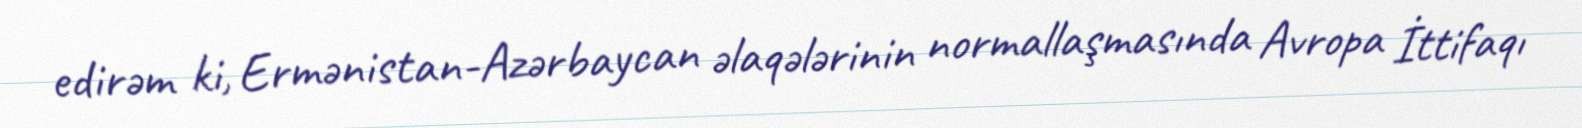
edirəm ki, Ermənistan-Azərbaycan əlaqələrinin normallaşmasında Avropa İttifaqı